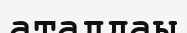
аталдаы